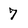
Character: 7